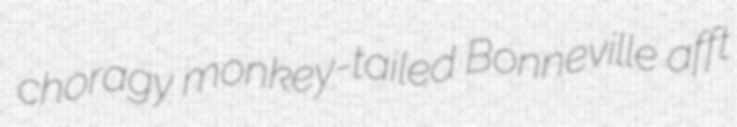
choragy monkey-tailed Bonneville afft